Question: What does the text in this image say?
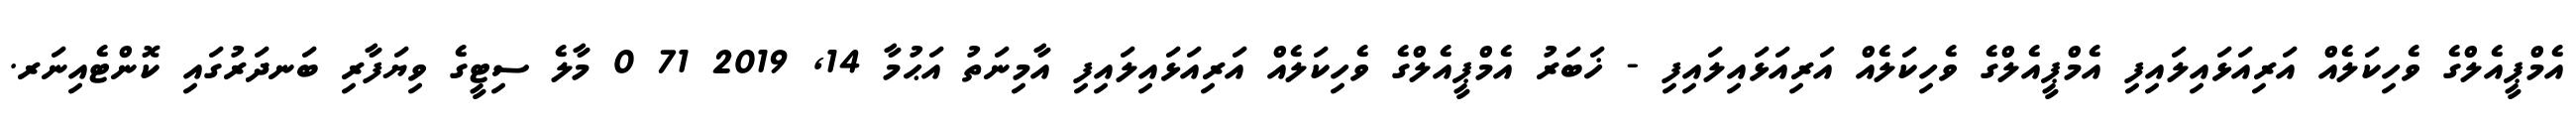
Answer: އެމްޕީއެލްގެ ވެހިކަލެއް އަރިއަޅައިލައިފި އެމްޕީއެލްގެ ވެހިކަލެއް އަރިއަޅައިލައިފި - ޚަބަރު އެމްޕީއެލްގެ ވެހިކަލެއް އަރިއަޅައިލައިފި އާމިނަތު އަޙުމާ 14, 2019 71 0 މާލެ ސިޓީގެ ވިޔަފާރި ބަނދަރުގައި ކޮންޓެއިނަރ.